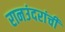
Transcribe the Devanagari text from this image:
रानउंदरांची